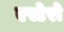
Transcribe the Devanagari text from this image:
एस्टेरो